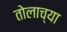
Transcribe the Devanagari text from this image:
तोलाच्या